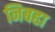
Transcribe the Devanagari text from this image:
निबहा